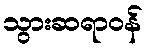
သွားဆရာဝန်